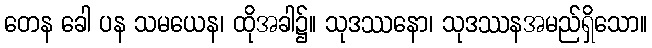
တေန ခေါ ပန သမယေန၊ ထိုအခါ၌။ သုဒဿနော၊ သုဒဿနအမည်ရှိသော။